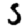
Digit: 5